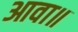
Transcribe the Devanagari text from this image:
आवा॥